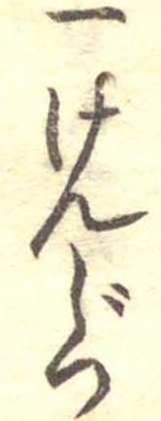
一けんじつ